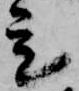
是